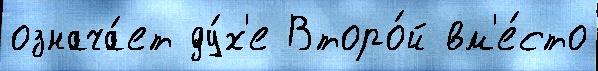
означа́ет ду́х'е Второ́й вм'е́сто